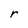
Character: r